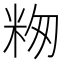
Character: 𬖕